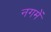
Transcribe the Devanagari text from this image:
नगमें